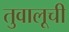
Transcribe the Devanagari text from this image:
तुवालूची